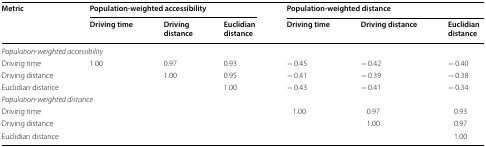
<table><thead><tr><td rowspan="2"><b>Metric</b></td><td colspan="3"><b>Population-weighted accessibility</b></td><td colspan="3"><b>Population-weighted distance</b></td></tr><tr><td><b>Driving time</b></td><td><b>Driving distance</b></td><td><b>Euclidian distance</b></td><td><b>Driving time</b></td><td><b>Driving distance</b></td><td><b>Euclidian distance</b></td></tr></thead><tbody><tr><td colspan="7"><i>Population</i>-<i>weighted accessibility</i></td></tr><tr><td>Driving time</td><td>1.00</td><td>0.97</td><td>0.93</td><td>− 0.45</td><td>− 0.42</td><td>− 0.40</td></tr><tr><td>Driving distance</td><td></td><td>1.00</td><td>0.95</td><td>− 0.41</td><td>− 0.39</td><td>− 0.38</td></tr><tr><td>Euclidian distance</td><td></td><td></td><td>1.00</td><td>− 0.43</td><td>− 0.41</td><td>− 0.34</td></tr><tr><td colspan="7"><i>Population</i>-<i>weighted distance</i></td></tr><tr><td>Driving time</td><td></td><td></td><td></td><td>1.00</td><td>0.97</td><td>0.93</td></tr><tr><td>Driving distance</td><td></td><td></td><td></td><td></td><td>1.00</td><td>0.97</td></tr><tr><td>Euclidian distance</td><td></td><td></td><td></td><td></td><td></td><td>1.00</td></tr></tbody></table>